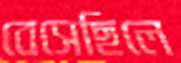
বেসেছিলে